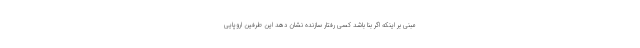
مبنی بر اینکه اگر بنا باشد کسی رفتار سازنده نشان دهد این طرفین اروپایی